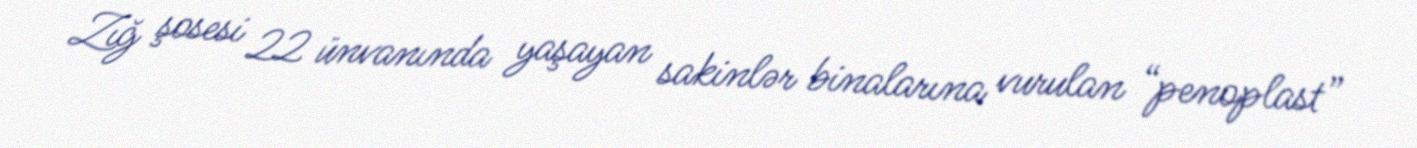
Zığ şosesi 22 ünvanında yaşayan sakinlər binalarına vurulan “penoplast”